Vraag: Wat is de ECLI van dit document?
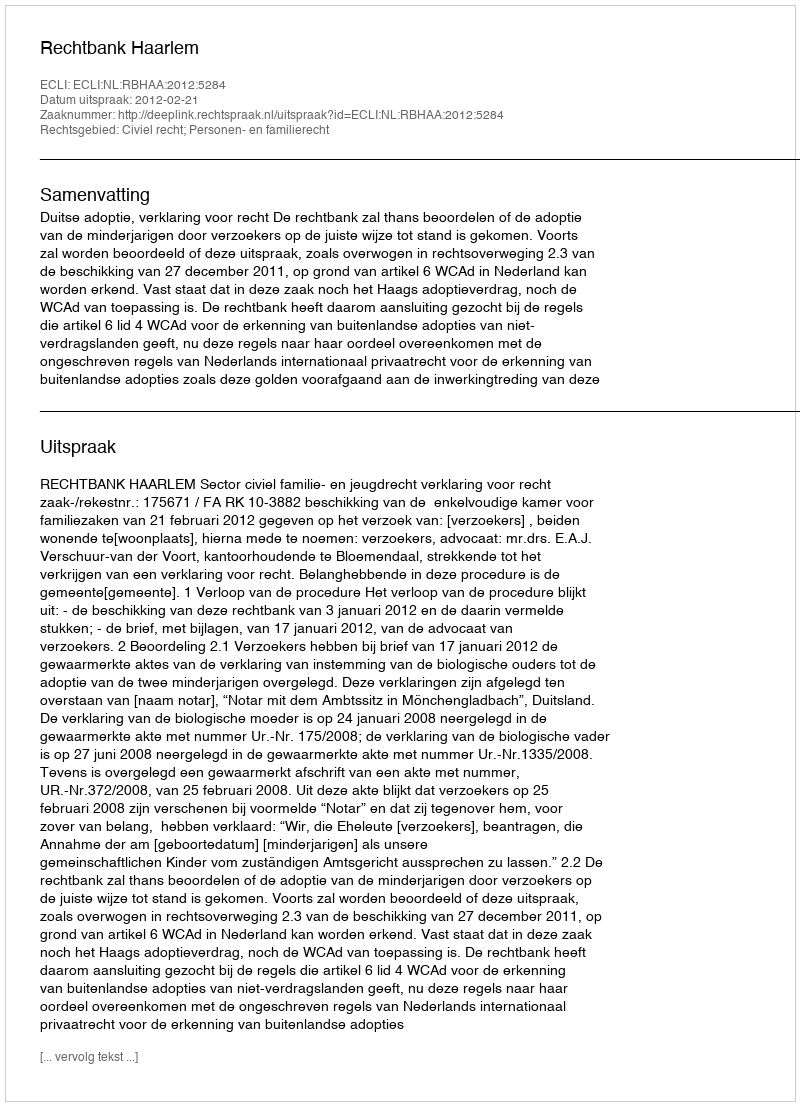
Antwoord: ECLI:NL:RBHAA:2012:5284